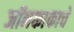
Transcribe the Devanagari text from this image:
जॉनकाकाचे